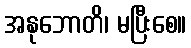
အနုဘောတိ၊ မပြီးစေ။